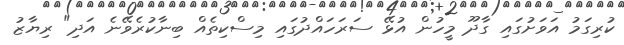
ކުރިގަމު އަވަށުގައި ގާދޫ މީހުން އުޅޭ ސަރަހައްދުގައި މިސްކިތެއް ބިނާކުރެވޭނެ އަދި" ރިޔާޒު